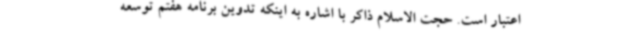
اعتبار است. حجت الاسلام ذاکر با اشاره به اینکه تدوین برنامه هفتم توسعه